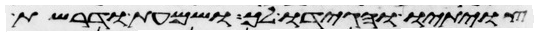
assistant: צויתיו והגידו לך ושמעת ודרשת